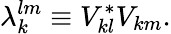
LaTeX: \lambda_{k}^{lm}\equiv V_{kl}^{*}V_{km}.